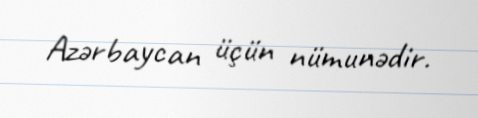
Azərbaycan üçün nümunədir.